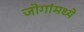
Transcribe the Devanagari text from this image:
जोगांमध्ये